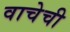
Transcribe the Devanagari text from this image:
वाचेची